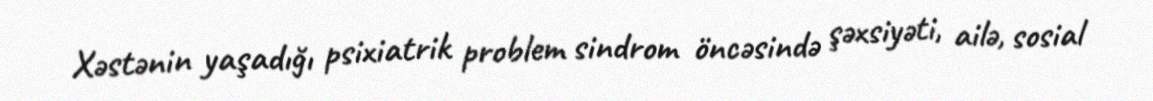
Xəstənin yaşadığı psixiatrik problem sindrom öncəsində şəxsiyəti, ailə, sosial